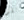
تكون